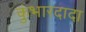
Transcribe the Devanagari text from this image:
कुंभारदादा